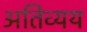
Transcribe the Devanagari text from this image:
अतिव्यय